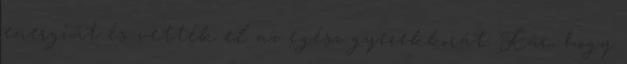
energiát és vették el az egész gyerekkorát: Kár, hogy